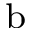
^ \mathrm { b }